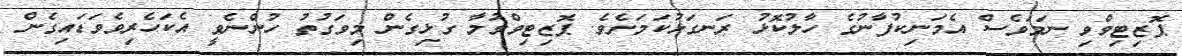
ޕޮޒިޓިވްވި ނަމަވެސް އެމަނިކުފާނުގެ ހާލުކޮޅު ރަނގަޅުކަމަށެވެ. ޕޮޒިޓިވްވުމާ ގުޅިގެން މިވަގުތު ހުންނެވީ އެކަހެރިވެވަޑައިގެން